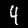
Digit: 4